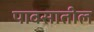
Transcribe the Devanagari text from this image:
पावसातील